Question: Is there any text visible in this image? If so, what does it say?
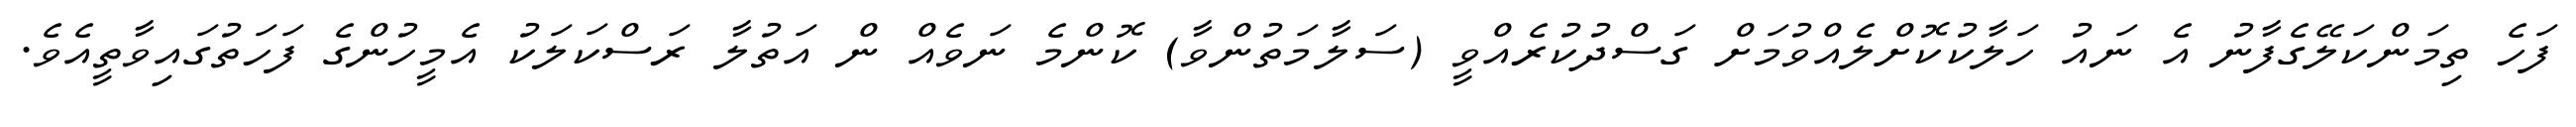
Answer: ފަހެ ތިމަންކަލޭގެފާނު އެ ނައު ހަލާކުކޮށްލެއްވުމަށް ގަސްދުކުރެއްވީ (ސަލާމަތުންވާ) ކޮންމެ ނަވެއް ން އަތުލާ ރަސްކަލަކު އެމީހުންގެ ފަހަތުގައިވާތީއެވެ.